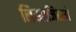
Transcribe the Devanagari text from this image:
लिखाजिसमें